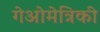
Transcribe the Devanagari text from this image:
गेओमेत्रिकी